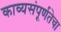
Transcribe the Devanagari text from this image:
काव्यसंपूर्णतेचा